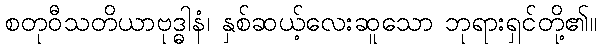
စတုဝီသတိယာဗုဒ္ဓါနံ၊ နှစ်ဆယ့်လေးဆူသော ဘုရားရှင်တို့၏။